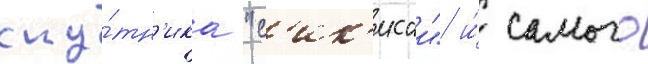
спу́тн'ика "с'ик'исаи" и́ самого